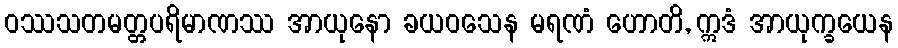
ဝဿသတမတ္တပရိမာဏဿ အာယုနော ခယဝသေန မရဏံ ဟောတိ, ဣဒံ အာယုက္ခယေန